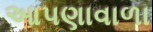
આપણાવાળા